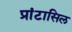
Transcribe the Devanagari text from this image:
प्रांटासिल